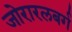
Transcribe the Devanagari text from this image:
जोरारलबर्ग